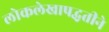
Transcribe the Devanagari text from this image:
लोकलेखापद्धतीने